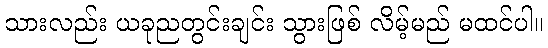
သားလည်း ယခုညတွင်းချင်း သွားဖြစ် လိမ့်မည် မထင်ပါ။